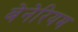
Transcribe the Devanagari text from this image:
बेनेरियम